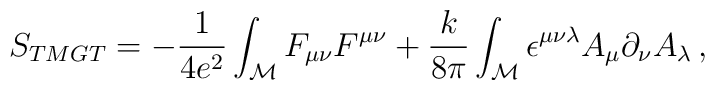
S_{\tiny TMGT}=-\frac{1}{4e^2}\int_{\cal M}F_{\mu\nu}F^{\mu\nu} + \frac{k}{8\pi}\int_{\cal M}\epsilon^{\mu\nu\lambda}A_\mu\partial_\nu A_\lambda\, ,